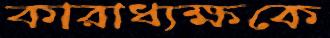
কারাধ্যক্ষকে